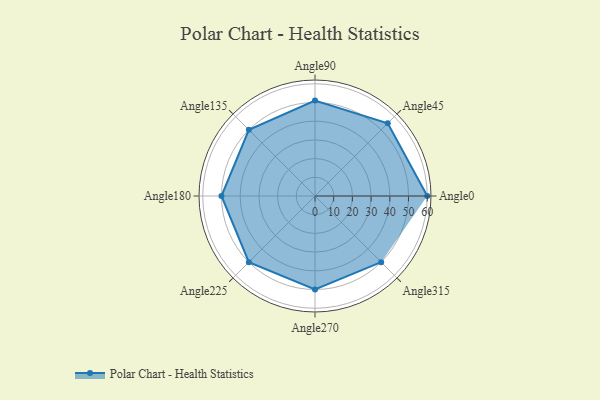
{"axis": {"x": "Angle", "y": "Radius"}, "legend": [""], "data": [{"x": "Angle0", "y": 60.0, "type": ""}, {"x": "Angle45", "y": 55.0, "type": ""}, {"x": "Angle90", "y": 51.0, "type": ""}, {"x": "Angle135", "y": 50, "type": ""}, {"x": "Angle180", "y": 50, "type": ""}, {"x": "Angle225", "y": 50, "type": ""}, {"x": "Angle270", "y": 50, "type": ""}, {"x": "Angle315", "y": 50, "type": ""}]}